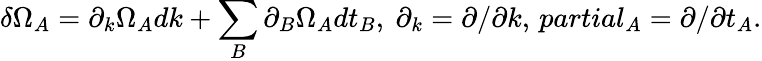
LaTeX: \delta\Omega_{A}=\partial_{k}\Omega_{A}dk+\sum_{B}\partial_{B}\Omega_{A}dt_{B},\ \partial_{k}=\partial/\partial k,\, partial_{A}=\partial/\partial t_{A}.